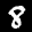
Label: 8